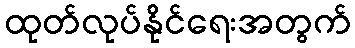
ထုတ်လုပ်နိုင်ရေးအတွက်